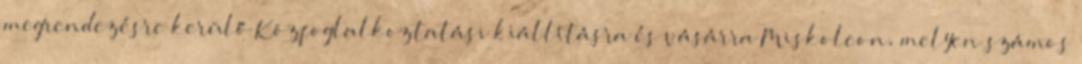
megrendezésre kerülő Közfoglalkoztatási kiállításra és vásárra Miskolcon, melyen számos